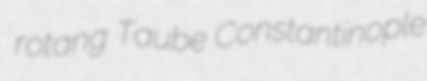
rotang Taube Constantinople